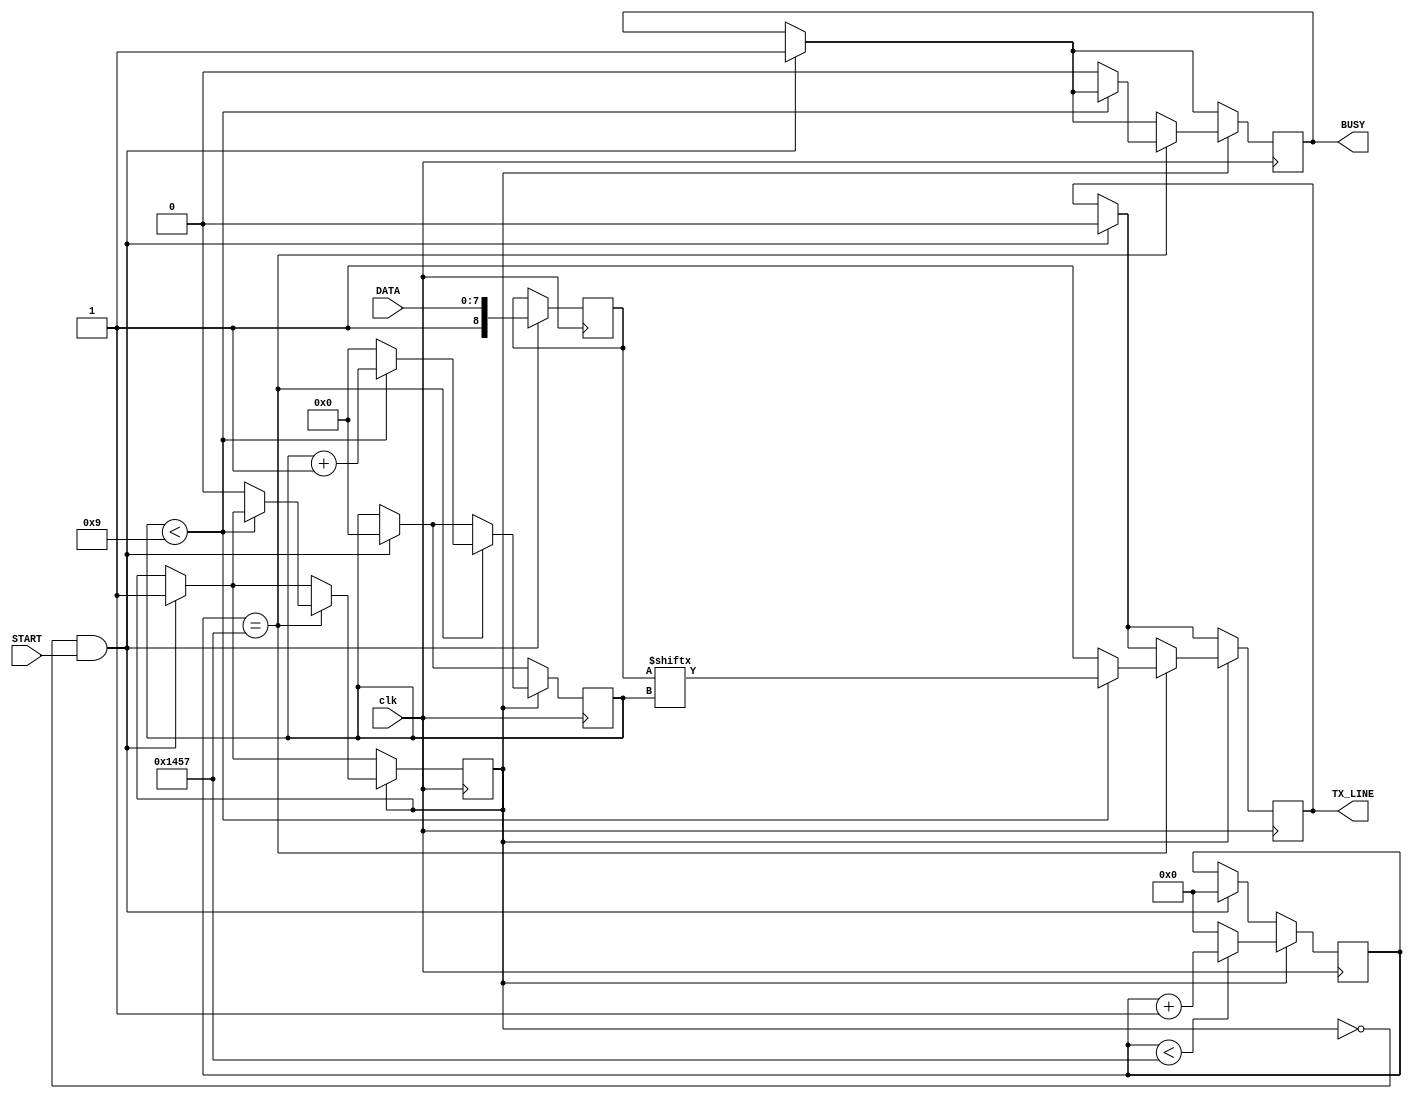
module UART_TX
   (input clk,
	 input START,
	 input [7:0] DATA,
	 output reg TX_LINE = 1'b1,
	 output reg BUSY = 1'b0
	);
	parameter BAUD_COUNT = 'd5207;
	parameter HALF_BAUD_COUNT = BAUD_COUNT/2;
	
	reg TX_IN_PROGRESS = 1'b0;
	reg [15:0] COUNTER = 16'h0000;
	reg [3:0] INDEX = 4'h0;
	reg [8:0] TX_DATA = 9'b0;
	always @(posedge clk)
	  begin
	    if(!TX_IN_PROGRESS & START)
		   begin
			  TX_IN_PROGRESS <= 1'b1;
			  BUSY <= 1'b1;
			  TX_LINE <= 0; //Indicate start of transmission
			  TX_DATA <= {1'b1,DATA};
			  INDEX <= 0;
			  COUNTER <= 0;
			end
		 if(TX_IN_PROGRESS)
		   begin
			  if(COUNTER < BAUD_COUNT)
			    COUNTER <= COUNTER + 16'b1;
			  else
			    COUNTER <= 0;
				 
			  if(COUNTER == BAUD_COUNT)
			    begin
					if(INDEX < 4'd9)
					  begin
					    TX_LINE <= TX_DATA[INDEX];
				       INDEX <= INDEX + 4'b1;
					  end
			      else
			        begin
			          INDEX <= 4'd0;
				       TX_IN_PROGRESS <= 1'b0;
				       BUSY <= 1'b0;
						 TX_LINE <= 1'b1;
                 end	
				 end		 
			end
	  end
endmodule